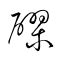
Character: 醪